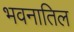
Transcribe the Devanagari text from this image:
भवनातिल